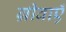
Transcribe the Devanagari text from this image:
ग्रीवाएँ